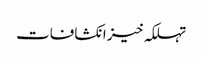
تہلکہ خیز انکشافات